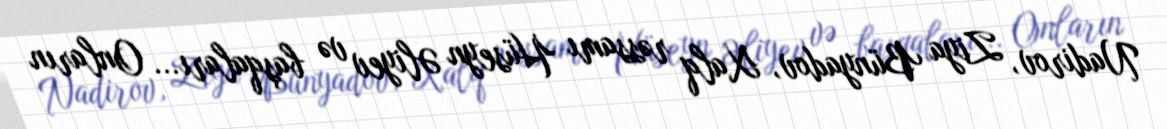
Nadirov, Ziya Bünyadov, Xalq rəssamı Hüseyn Əliyev və başqaları... Onların